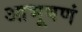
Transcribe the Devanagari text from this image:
आभूषणं